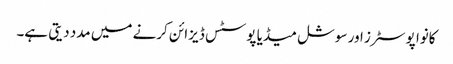
کانوا پوسٹرز اور سوشل میڈیا پوسٹس ڈیزائن کرنے میں مدد دیتی ہے۔